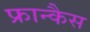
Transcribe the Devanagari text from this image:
फ्रान्कैस